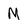
Character: M